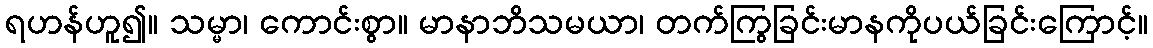
ရဟန်ဟူ၍။ သမ္မာ၊ ကောင်းစွာ။ မာနာဘိသမယာ၊ တက်ကြွခြင်းမာနကိုပယ်ခြင်းကြောင့်။